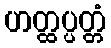
ဟတ္ထပ္ပတ္တံ